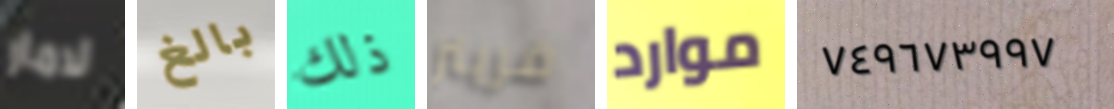
لامار بالغ ذلك فريتز موارد ٧٤٩٦٧٣٩٩٧